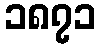
၁၈၇၁